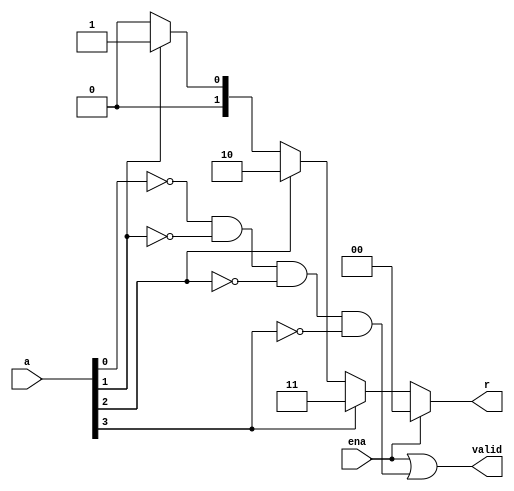
module encoder ( 
input [3:0] a,
input ena,
output [1:0] r,
output valid
);



assign valid = ena || (~a[0] && ~a[1] && ~a[2] && ~a[3]);

assign r= (ena) ? 2'b00: ((a[3]) ? 2'b11 : (a[2]) ? 2'b10 : (a[1]) ? 2'b01 : 2'b00);


endmodule